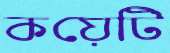
কয়েটি